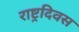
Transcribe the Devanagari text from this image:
राष्ट्रदिवस